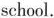
school.